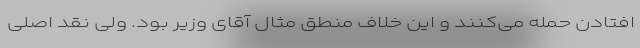
افتادن حمله می‌کنند و این خلاف منطق مثال آقای وزیر بود. ولی نقد اصلی